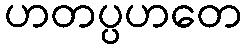
ဟတပ္ပဟတေ